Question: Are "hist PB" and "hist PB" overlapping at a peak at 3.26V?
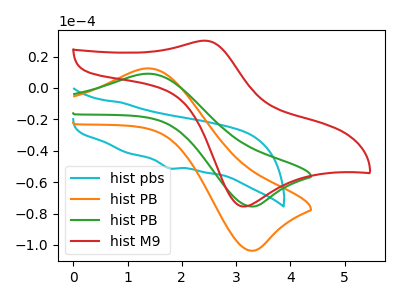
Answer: <think>The cyan curve "hist pbs" has a cathodic peak at: (1.75V, -51.20uA). The orange curve "hist PB" has an anodic peak at (1.40V, 12.45uA) and a cathodic peak at (3.25V, -103.70uA). The green curve "hist PB" has an anodic peak at (1.40V, 9.05uA) and a cathodic peak at (3.25V, -75.50uA). The red curve "hist M9" has an anodic peak at (2.40V, 30.15uA) and a cathodic peak at (3.15V, -75.50uA).</think>
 <answer>Yes, "hist PB" and "hist PB" share a peak at 3.26V.</answer>
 <eval>match</eval>